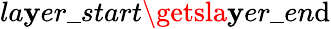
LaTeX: la\mathbf{y}er\_ start\getsla\mathbf{y}er\_ en\mathrm{d}